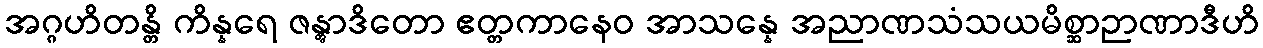
အဂ္ဂဟိတန္တိ ကိန္နရေ ဇန္တွာဒိတော ဧတ္တကာနေဝ အာသန္နေ အညာဏသံသယမိစ္ဆာဉာဏာဒီဟိ